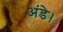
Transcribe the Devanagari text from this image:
अंडे।